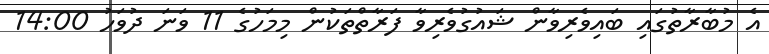
އެ މުބާރާތުގައި ބައިވެރިވާން ޝައުގުވެރިވާ ފަރާތްތަކުން މިމަހުގެ 11 ވަނަ ދުވަހު 14:00